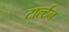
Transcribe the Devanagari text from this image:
टार्ल्टन